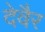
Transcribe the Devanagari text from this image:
देवैर